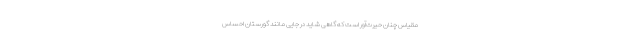
مقیاس چنان حیرت‌آور است که گاهی شاید در جایی مانند گورستان احساس